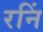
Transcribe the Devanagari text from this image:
रनिं